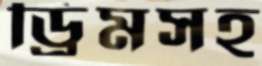
ড্রিমসহ